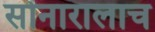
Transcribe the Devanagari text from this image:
सोनारालाच